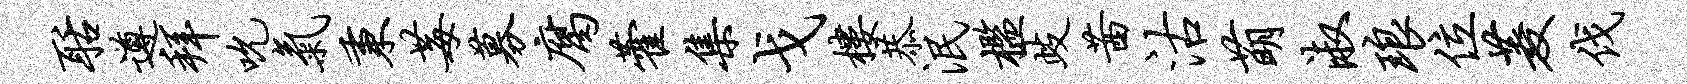
聒遵拜吮气秉莓募腐藿集戈楼恭泯槛歧茜沽萌淑琅位菱伐